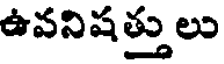
ఉవనిషత్తులు